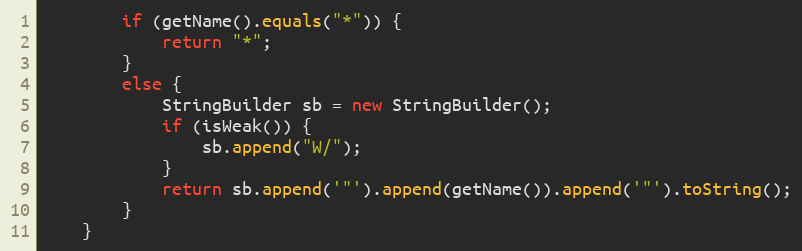
Language: Java
        if (getName().equals("*")) {
            return "*";
        }
        else {
            StringBuilder sb = new StringBuilder();
            if (isWeak()) {
                sb.append("W/");
            }
            return sb.append('"').append(getName()).append('"').toString();
        }
    }